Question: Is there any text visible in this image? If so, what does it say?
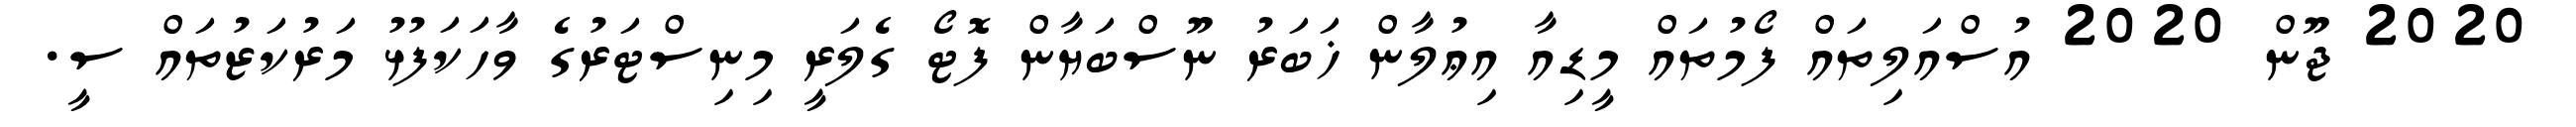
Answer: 2020 ޖޫން 2020 އުސްއަލިތައް ފޯމުތައް މީޑިއާ އިޢުލާން ޚަބަރު ނޫސްބަޔާން ފޮޓޯ ގެލަރީ މިނިސްޓަރުގެ ވާހަކަފުޅު މަރުކަޒުތައް ސީ.